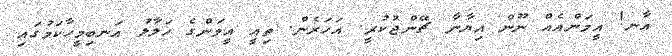
އާނ! އީމަންއެއް ނޫން އިޔާނާ ޗޭންޖުކުރީ. އަހަރެން. ތިއީ އީމަންގެ ހަލާލު އަނބިމީހާކަމުގައި